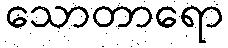
သောတာရော